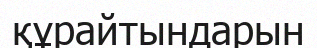
құрайтындарын